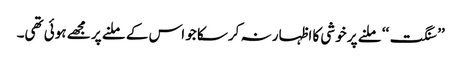
’’ سنگت‘‘ ملنے پر خوشی کا اظہار نہ کرسکا جو اس کے ملنے پر مجھے ہوئی تھی۔